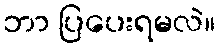
ဘာ ပြပေးရမလဲ။